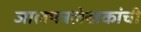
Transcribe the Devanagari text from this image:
जालपत्रलेखकांची